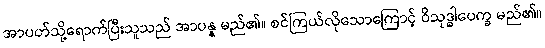
အာပတ်သို့ရောက်ပြီးသူသည် အာပန္န မည်၏။ စင်ကြယ်လိုသောကြောင့် ဝိသုဒ္ဓါပေက္ခ မည်၏။